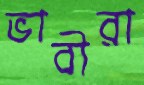
ভাবীরা